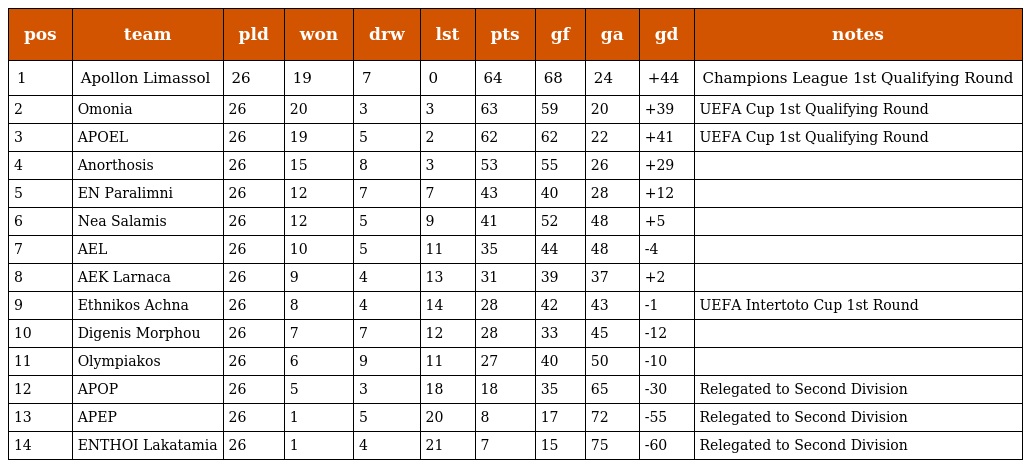
| pos | team | pld | won | drw | lst | pts | gf | ga | gd | notes |
 | --- | --- | --- | --- | --- | --- | --- | --- | --- | --- | --- |
 | 1 | Apollon Limassol | 26 | 19 | 7 | 0 | 64 | 68 | 24 | +44 | Champions League 1st Qualifying Round |
 | 2 | Omonia | 26 | 20 | 3 | 3 | 63 | 59 | 20 | +39 | UEFA Cup 1st Qualifying Round |
 | 3 | APOEL | 26 | 19 | 5 | 2 | 62 | 62 | 22 | +41 | UEFA Cup 1st Qualifying Round |
 | 4 | Anorthosis | 26 | 15 | 8 | 3 | 53 | 55 | 26 | +29 |  |
 | 5 | EN Paralimni | 26 | 12 | 7 | 7 | 43 | 40 | 28 | +12 |  |
 | 6 | Nea Salamis | 26 | 12 | 5 | 9 | 41 | 52 | 48 | +5 |  |
 | 7 | AEL | 26 | 10 | 5 | 11 | 35 | 44 | 48 | -4 |  |
 | 8 | AEK Larnaca | 26 | 9 | 4 | 13 | 31 | 39 | 37 | +2 |  |
 | 9 | Ethnikos Achna | 26 | 8 | 4 | 14 | 28 | 42 | 43 | -1 | UEFA Intertoto Cup 1st Round |
 | 10 | Digenis Morphou | 26 | 7 | 7 | 12 | 28 | 33 | 45 | -12 |  |
 | 11 | Olympiakos | 26 | 6 | 9 | 11 | 27 | 40 | 50 | -10 |  |
 | 12 | APOP | 26 | 5 | 3 | 18 | 18 | 35 | 65 | -30 | Relegated to Second Division |
 | 13 | APEP | 26 | 1 | 5 | 20 | 8 | 17 | 72 | -55 | Relegated to Second Division |
 | 14 | ENTHOI Lakatamia | 26 | 1 | 4 | 21 | 7 | 15 | 75 | -60 | Relegated to Second Division |